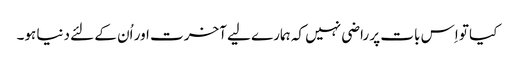
کیا تو اِس بات پر راضی نہیں کہ ہمارے لیے آخرت اور اُن کے لئے دنیا ہو۔